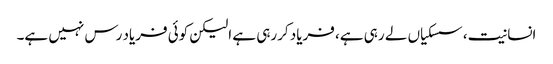
انسانیت، سسکیاں لے رہی ہے، فریاد کررہی ہے الیکن کوئی فریاد رس نہیں ہے۔